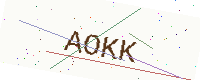
Text: AOKK